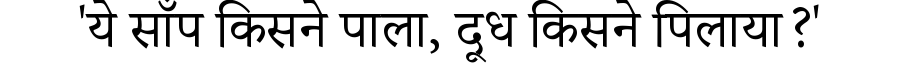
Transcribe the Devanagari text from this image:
'ये साँप किसने पाला, दूध किसने पिलाया?'